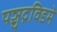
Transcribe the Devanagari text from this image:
पञ्चद्रविडमे